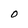
Character: O